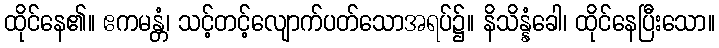
ထိုင်နေ၏။ ဧကမန္တံ၊ သင့်တင့်လျောက်ပတ်သောအရပ်၌။ နိသိန္နံခေါ၊ ထိုင်နေပြီးသော။